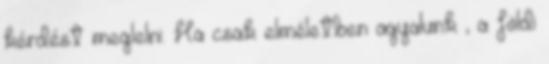
kérdést meglelni. Ha csak elméletben agyalunk , a földi